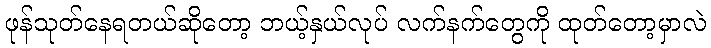
ဖုန်သုတ်နေရတယ်ဆိုတော့ ဘယ့်နှယ်လုပ် လက်နက်တွေကို ထုတ်တော့မှာလဲ